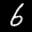
Label: 6